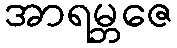
အာရမ္ဘဇေ